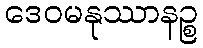
ဒေဝမနုဿာနဉ္စ